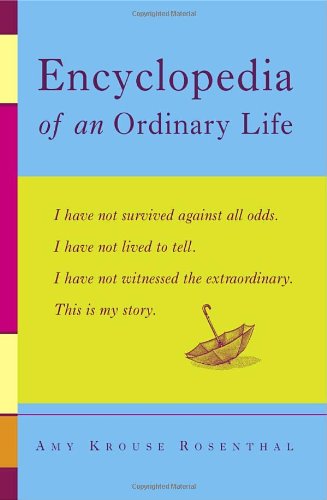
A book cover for Encyclopedia of an Ordinary Life; Amy Krouse Rosenthal; Reference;